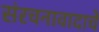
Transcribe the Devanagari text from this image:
संरचनावादाचे